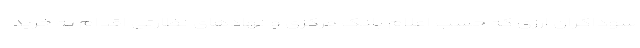
سوداگران ارزی که حسب اعلام بانک مرکزی و نهادهای نظارتی اقدام به خرید